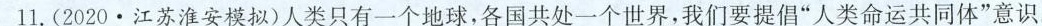
11.(2020·江苏淮安模拟)人类只有一个地球，各国共处一个世界，我们要提倡”人类命运共同体”意识。